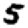
Digit: 5